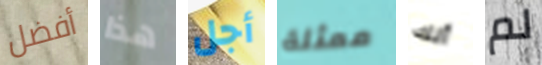
أفضل هذا أجل ممثلة أنك لم